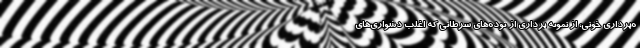
ه‌برداری خونی، از نمونه ‌برداری از توده‌های سرطانی که اغلب دشواری‌های